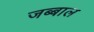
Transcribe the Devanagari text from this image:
जब्बाल